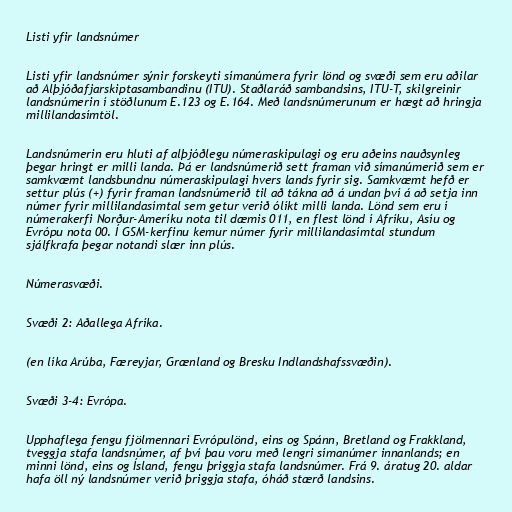
Listi yfir landsnúmer

Listi yfir landsnúmer sýnir forskeyti símanúmera fyrir lönd og svæði sem eru aðilar
að Alþjóðafjarskiptasambandinu (ITU). Staðlaráð sambandsins, ITU-T, skilgreinir
landsnúmerin í stöðlunum E.123 og E.164. Með landsnúmerunum er hægt að hringja
millilandasímtöl.

Landsnúmerin eru hluti af alþjóðlegu númeraskipulagi og eru aðeins nauðsynleg
þegar hringt er milli landa. Þá er landsnúmerið sett framan við símanúmerið sem er
samkvæmt landsbundnu númeraskipulagi hvers lands fyrir sig. Samkvæmt hefð er
settur plús (+) fyrir framan landsnúmerið til að tákna að á undan því á að setja inn
númer fyrir millilandasímtal sem getur verið ólíkt milli landa. Lönd sem eru í
númerakerfi Norður-Ameríku nota til dæmis 011, en flest lönd í Afríku, Asíu og
Evrópu nota 00. Í GSM-kerfinu kemur númer fyrir millilandasímtal stundum
sjálfkrafa þegar notandi slær inn plús.

Númerasvæði.

Svæði 2: Aðallega Afríka.

(en líka Arúba, Færeyjar, Grænland og Bresku Indlandshafssvæðin).

Svæði 3-4: Evrópa.

Upphaflega fengu fjölmennari Evrópulönd, eins og Spánn, Bretland og Frakkland,
tveggja stafa landsnúmer, af því þau voru með lengri símanúmer innanlands; en
minni lönd, eins og Ísland, fengu þriggja stafa landsnúmer. Frá 9. áratug 20. aldar
hafa öll ný landsnúmer verið þriggja stafa, óháð stærð landsins.